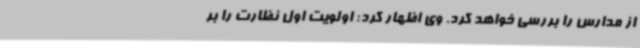
از مدارس را بررسی خواهد کرد. وی اظهار کرد: اولویت اول نظارت را بر